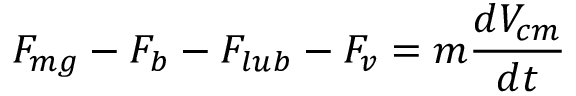
F _ { m g } - F _ { b } - F _ { l u b } - F _ { v } = m \frac { d V _ { c m } } { d t }